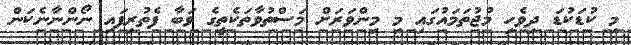
މި ކުޑަކުޑަ ދިވެހި މުޖުތަމައުގައި މި މިންވަރަށް މަސްތުވާތަކެތީގެ ވަބާ ފެތުރިފައި ނޯންނާނެކަން